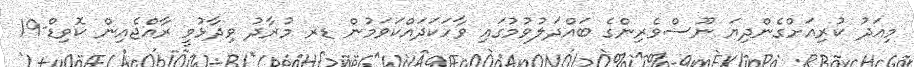
މިއަދު ކުރިއަށްގެންދިޔަ ނޫސްވެރިންގެ ބައްދަލުވުމުގައި ވާހަަކަދައްކަވަމުން ޑރ މުރާދު ވިދާޅުވީ ރާއްޖެއިން ކޮވިޑް-19